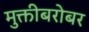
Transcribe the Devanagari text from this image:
मुक्तीबरोबर